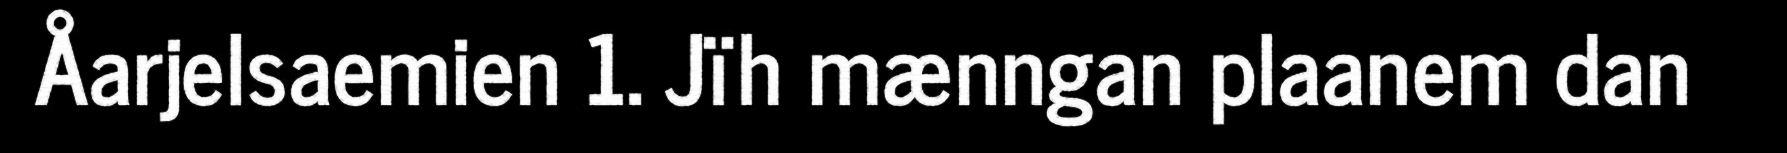
Åarjelsaemien 1. Jïh mænngan plaanem dan